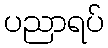
ပညာရပ်